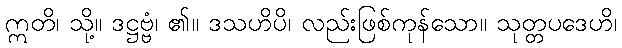
ဣတိ၊ သို့။ ဒဋ္ဌဗ္ဗံ၊ ၏။ ဒသဟိပိ၊ လည်းဖြစ်ကုန်သော။ သုတ္တပဒေဟိ၊